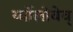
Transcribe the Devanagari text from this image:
र्य्बोलोवेव्